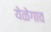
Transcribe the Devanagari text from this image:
येळेगाव